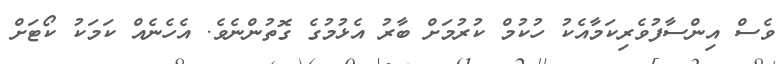
ވެސް އިންސާފުވެރިކަމާއެކު ހުކުމް ކުރުމަށް ބާރު އެޅުމުގެ ގޮތުންނެވެ. އެހެނެއް ކަމަކު ކޯޓަށް